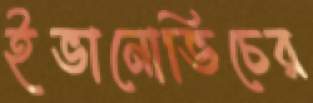
ইভানোভিচের